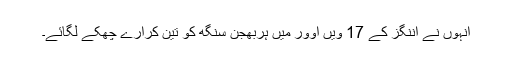
انہوں نے اننگز کے 17 ویں اوور میں ہربھجن سنگھ کو تین کرارے چھکے لگائے۔